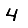
Digit: 4